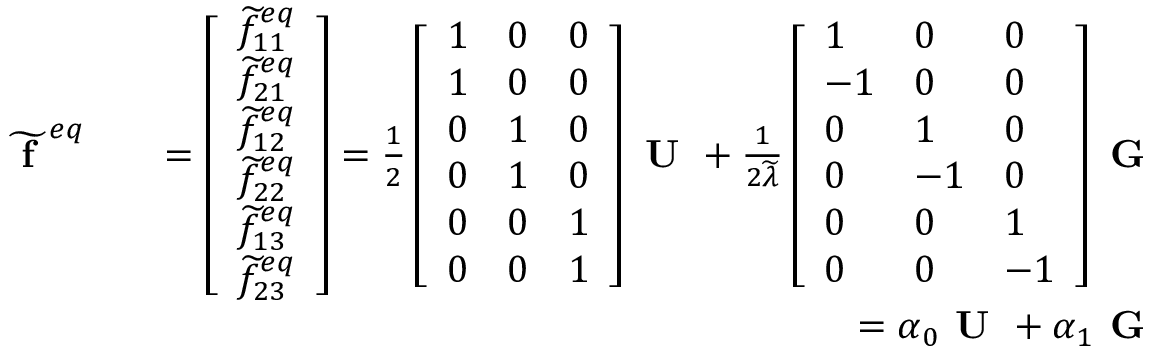
\begin{array} { r l r } { \widetilde { \textbf { f } } ^ { e q } } & { } & { = \left[ \begin{array} { l } { \widetilde { f } _ { 1 1 } ^ { e q } } \\ { \widetilde { f } _ { 2 1 } ^ { e q } } \\ { \widetilde { f } _ { 1 2 } ^ { e q } } \\ { \widetilde { f } _ { 2 2 } ^ { e q } } \\ { \widetilde { f } _ { 1 3 } ^ { e q } } \\ { \widetilde { f } _ { 2 3 } ^ { e q } } \end{array} \right] = \frac { 1 } { 2 } \left[ \begin{array} { l l l } { 1 } & { 0 } & { 0 } \\ { 1 } & { 0 } & { 0 } \\ { 0 } & { 1 } & { 0 } \\ { 0 } & { 1 } & { 0 } \\ { 0 } & { 0 } & { 1 } \\ { 0 } & { 0 } & { 1 } \end{array} \right] \textbf { U } + \frac { 1 } { 2 \widetilde { \lambda } } \left[ \begin{array} { l l l } { 1 } & { 0 } & { 0 } \\ { - 1 } & { 0 } & { 0 } \\ { 0 } & { 1 } & { 0 } \\ { 0 } & { - 1 } & { 0 } \\ { 0 } & { 0 } & { 1 } \\ { 0 } & { 0 } & { - 1 } \end{array} \right] \textbf { G } } \\ & { } & { = \boldsymbol { \alpha } _ { 0 } \textbf { U } + \boldsymbol { \alpha } _ { 1 } \textbf { G } } \end{array}